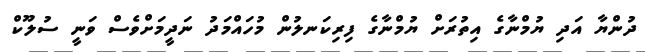
ދުންޔާ އަދި ޔުމްނާގެ އިތުރަށް ޔުމްނާގެ ފިރިކަނލުން މުހައްމަދު ނަދީމަށްވެސް ވަނީ ސުލޫކް